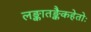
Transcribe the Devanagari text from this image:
लङ्कातङ्कैकहेतोः